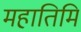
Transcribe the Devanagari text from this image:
महातिमि